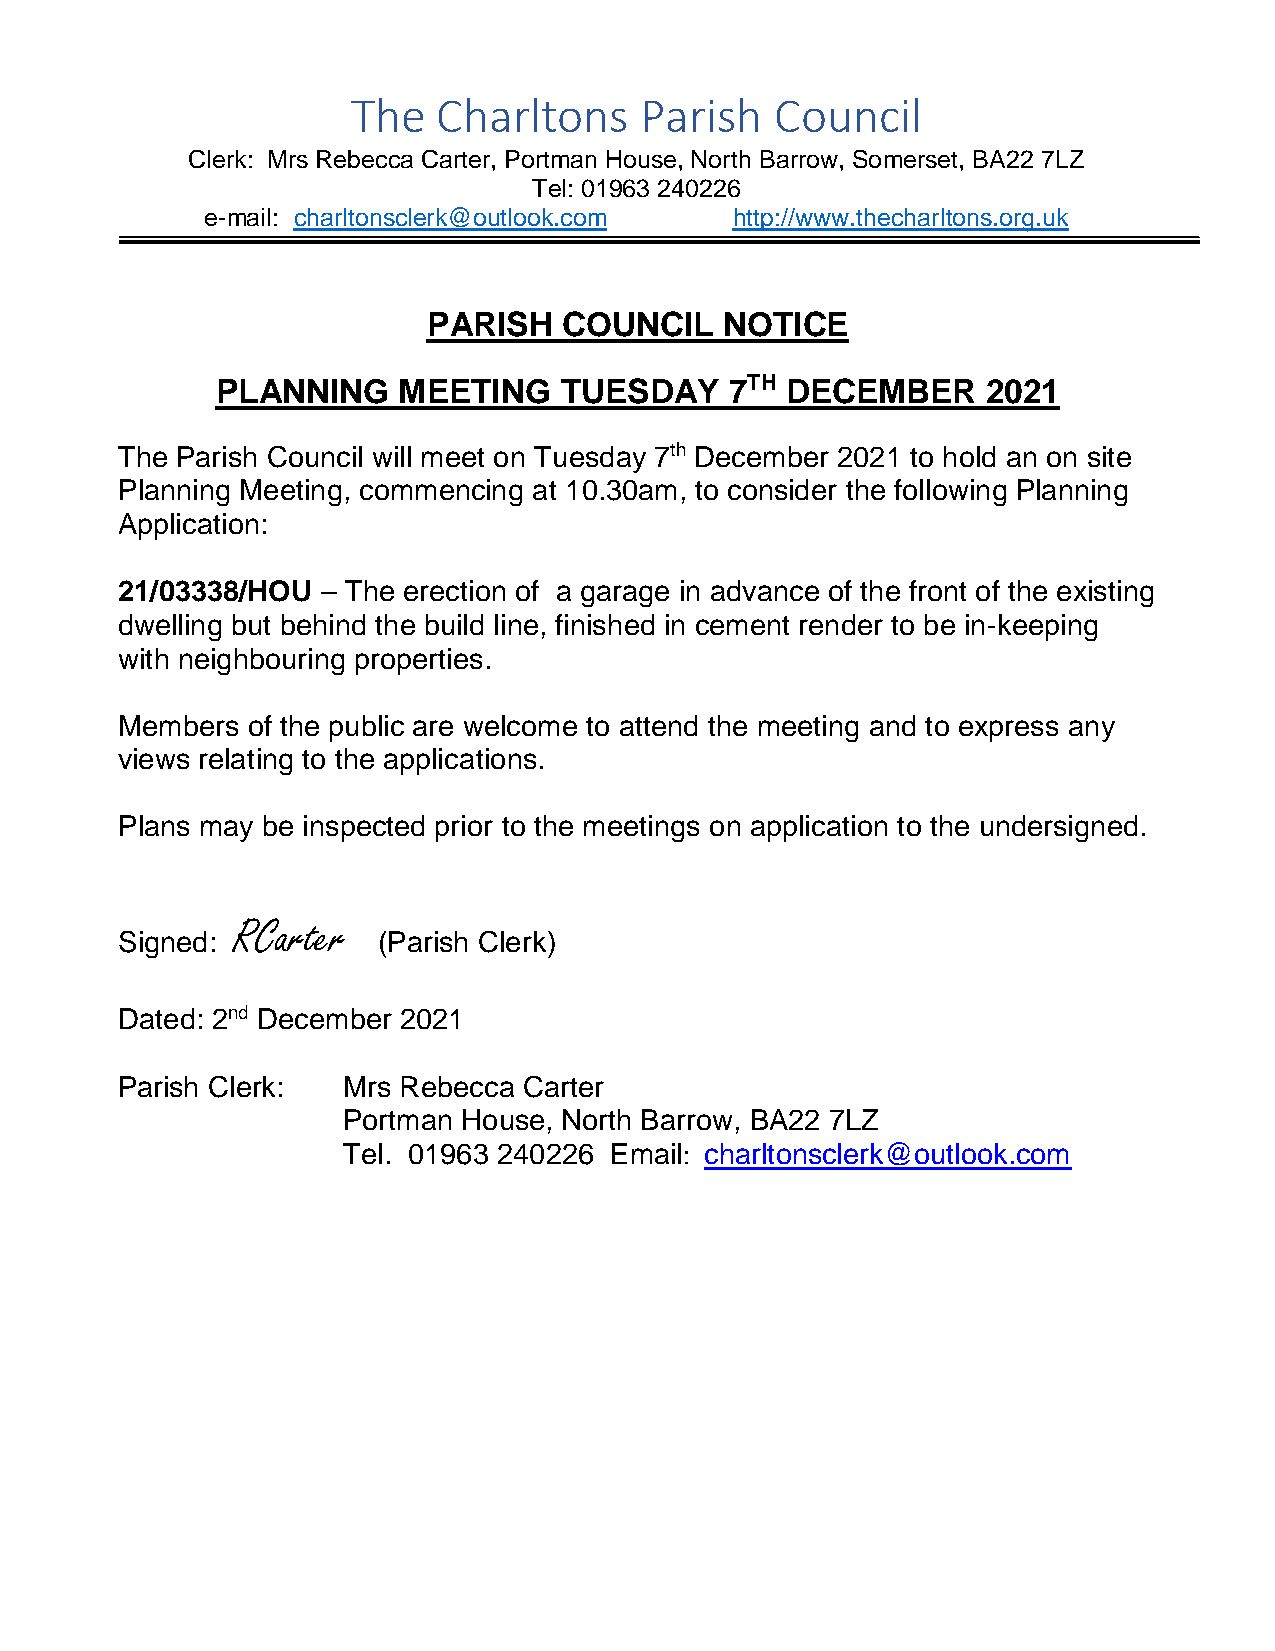
The   Charltons    Parish   Council
 Clerk: Mrs Rebecca Carter, Portman House, North Barrow, Somerset, BA22 7LZ
 Tel: 01963 240226
 e-mail: charltonsclerk@outlook.com http://www.thecharltons.org.uk
 PARISH   COUNCIL    NOTICE
 PLANNING    MEETING    TUESDAY    7TH DECEMBER     2021
 The Parish Council will meet on Tuesday 7th December 2021 to hold an on site
 Planning Meeting, commencing at 10.30am, to consider the following Planning
 Application:
 21/03338/HOU – The erection of a garage in advance of the front of the existing
 dwelling but behind the build line, finished in cement render to be in-keeping
 with neighbouring properties.
 Members of the public are welcome to attend the meeting and to express any
 views relating to the applications.
 Plans may be inspected prior to the meetings on application to the undersigned.
 RCarter
 Signed:          (Parish Clerk)
 Dated: 2nd December 2021
 Parish Clerk:  Mrs Rebecca Carter
 Portman House, North Barrow, BA22 7LZ
 Tel. 01963 240226 Email: charltonsclerk@outlook.com